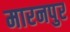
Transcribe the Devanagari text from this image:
मारनपुर